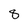
Character: 8